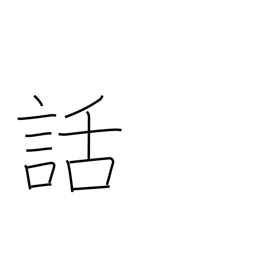
Meaning: tale